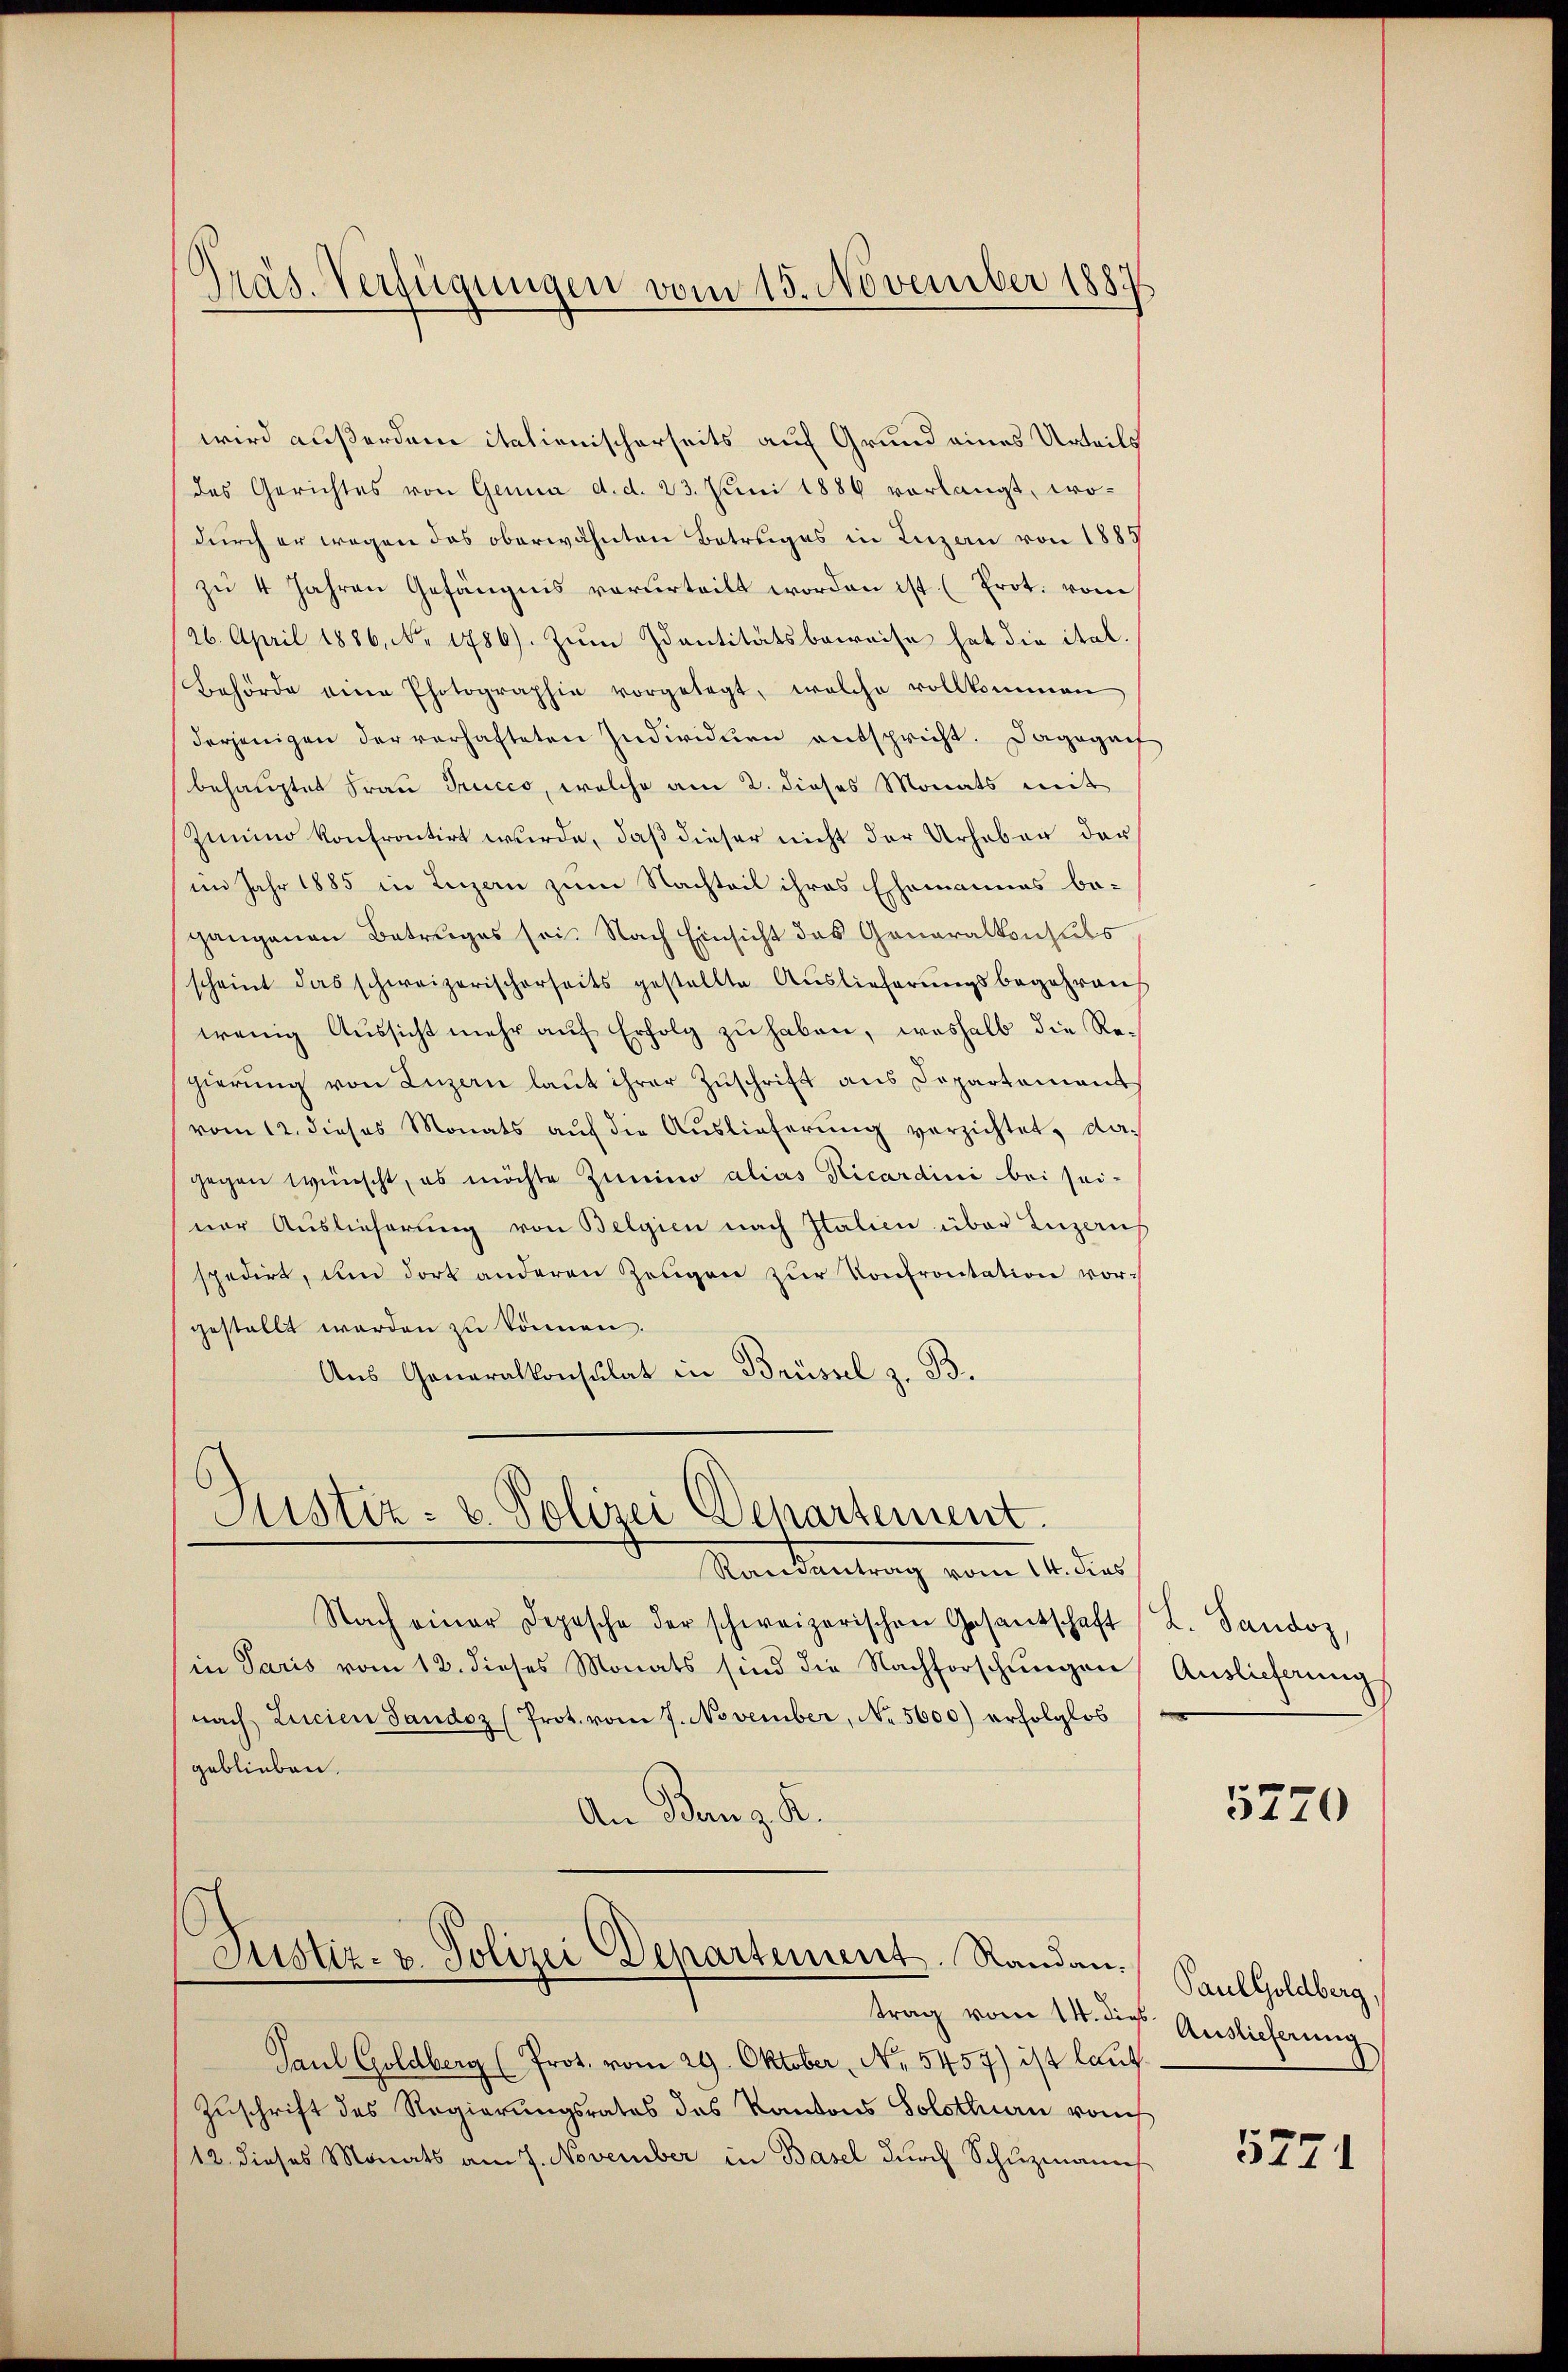
wird außerdem italienischerseits auf Grund eines Urteils
das Gerichtes von Genua d. d. 23. Juni 1886 verlangt, wo-
durch er wegen das oberwähnten Betruges in Luzern von 1889
zŭ 4 Jahren Gefängnis verurteilt worden ist (Prot. vom
26. April 1886. No. 1786). Zum Santitätsbeweise hat die ital.
Behörde eine Photographie vorgelegt, welche vollkommen
derjenigen der verhafteten Individuen entspricht. Dagegenf
behauptet Frau Trucco, welche am 2. dieses Monats mit
Zimino konfrontirt wurde, daß dieser nicht der Urheben der
im Jahr 1885 in Luzern zum Nachteil ihres Ehemannes be-
gangenen Betrages sei. Nach Einsicht das Generalkonsuls
scheint das schweizerischerseits gestellte Auslieferungsbegehren
wenig Aussicht mehr auf Erfolg zu haben, weshalb die Regierŭng von Luzern laŭt ihrer Zŭschrift aus Dopartement
vom 12. dieses Monats aŭf die Aŭslieferŭng verzichtet, dagegen wünscht, es möchte Zimino alias Ricardini bei sei-
ner Auslieferung von Belgien nach Italien über Luzeruf
spedirt, um dort anderen Zeugen zŭr Konfrontation vor-
gestellt werden zu können.
Aus Generalkonsulat in Brüssel z. B.

Präs. Verfügungen vom 15. November 1887

Justiz- & Polizei Departement.
Randantrag vom 14. das

Nach einer Depesche der schweizerischen Gesantschaft
in Paris vom 12. dieses Monats sind die Nachforschungen
nach Lucien Sandoz (Prot. vom 7. November, No. 5600) erfolglos
geblieben.
An Banz. R.

Justiz- u. Polizei Departement. Randan-

Paul Goldberg (Prot. vom 29. Oktober, No 5457) ist lauf
Zuschrift des Regierungsrates das Kantons Solothurn vom
12. dieses Monats am 7. November in Basel durch Schuzmann

L. Sandoz,
Auslieferung

5220

Paul Goldberg,
trag vom 14. die Auslieferung

527